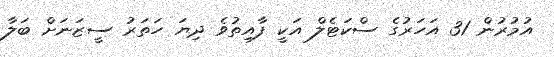
އުމުރުން 31 އަހަރުގެ ސްކަޓެލް އަކީ ފާއިތުވެ ދިޔަ ހަތަރު ސީޒަނަށް ބަލާ